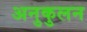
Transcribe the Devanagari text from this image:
अनुकुलन